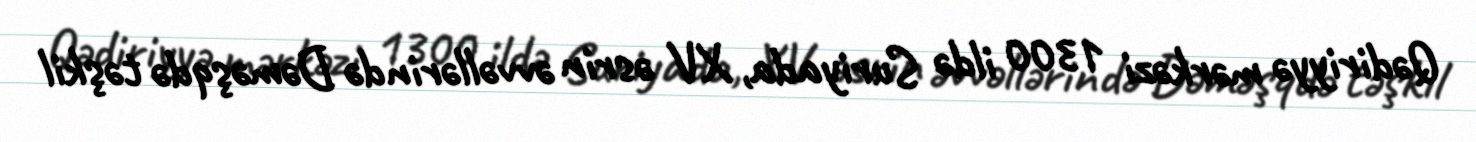
Qədiriyyə mərkəzi 1300 ildə Suriyada, XV əsrin əvvəllərində Dəməşqdə təşkil